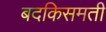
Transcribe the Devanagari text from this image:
बदकिसमती